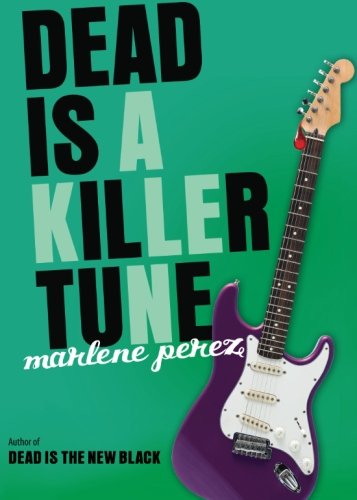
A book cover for Dead is a Killer Tune; Marlene Perez; Teen & Young Adult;